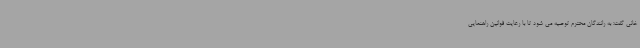
خانی گفت: به رانندگان محترم توصیه می شود تا با رعایت قوانین راهنمایی